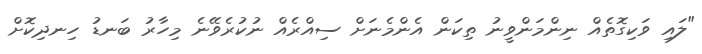
"ލައި ވަކިގޮތެއް ނިންމަންވީނު ތިކަން އެންމެނަށް ސިއްރެއް ނުކުރެވޭނެ މިހާރު ބަނޑު ހިނދިކޮށް